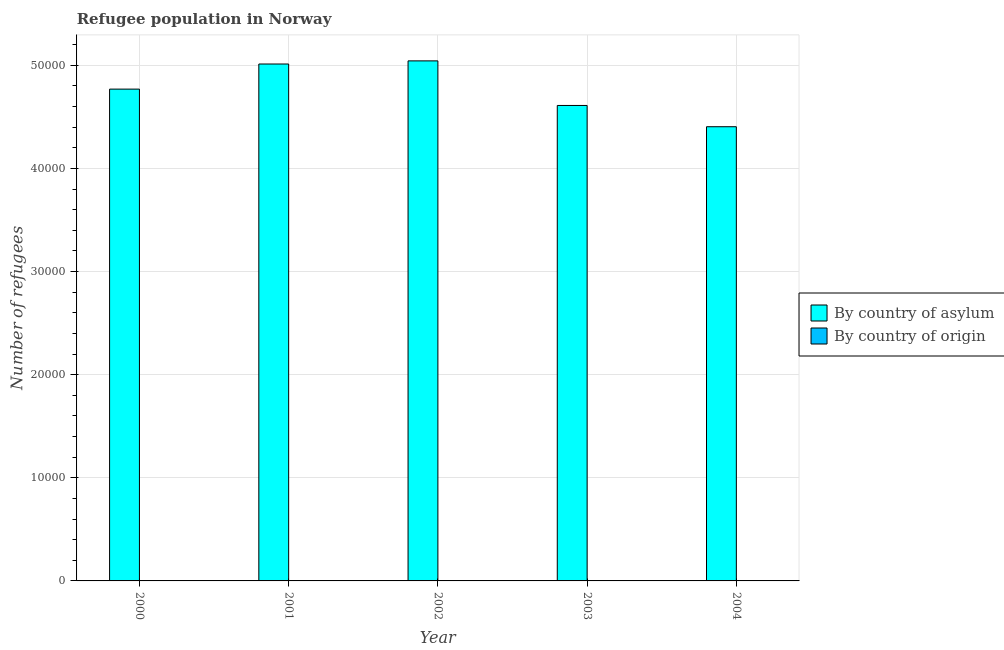
| Year | By country of asylum | By country of origin |
 | --- | --- | --- |
 | 2000 | 4.77e+04 | 5 |
 | 2001 | 5.01e+04 | 15 |
 | 2002 | 5.04e+04 | 4 |
 | 2003 | 4.61e+04 | 3 |
 | 2004 | 4.4e+04 | 4 |